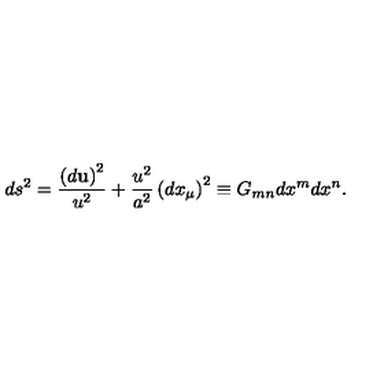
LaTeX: d s ^ { 2 } = \frac { \left( d { \bf u } \right) ^ { 2 } } { u ^ { 2 } } + \frac { u ^ { 2 } } { a ^ { 2 } } \left( d x _ { \mu } \right) ^ { 2 } \equiv G _ { m n } d x ^ { m } d x ^ { n } .